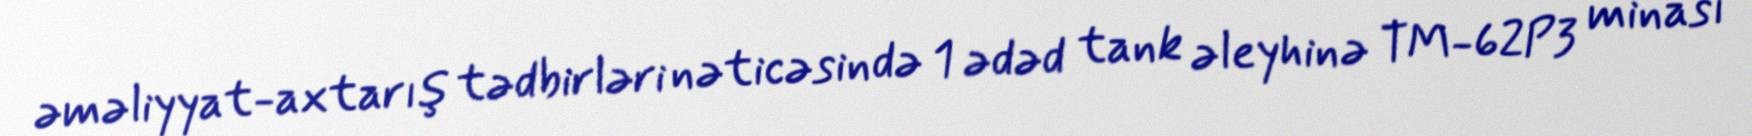
əməliyyat-axtarış tədbirləri nəticəsində 1 ədəd tank əleyhinə TM-62P3 minası